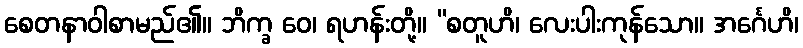
စေတနာဝါစာမည်၏။ ဘိက္ခ ဝေ၊ ရဟန်းတို့။ “စတူဟိ၊ လေးပါးကုန်သော။ အင်္ဂေဟိ၊